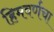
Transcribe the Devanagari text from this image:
हिमवर्णचा